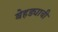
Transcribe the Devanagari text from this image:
बेहड्याची